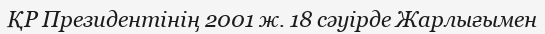
ҚР Президентінің 2001 ж. 18 сәуірде Жарлығымен